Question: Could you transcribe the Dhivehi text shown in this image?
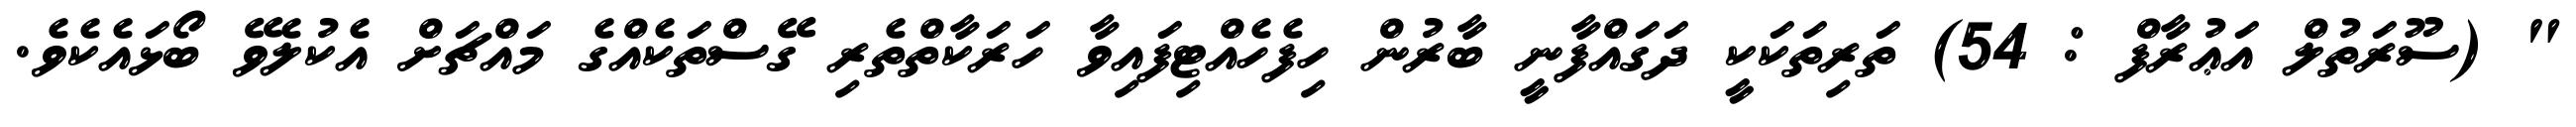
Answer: " (ސޫރަތުލް އަޢުރާފް : 54) ތަރިތަކަކީ ދަގައްފާނީ ބާރުން ހިފެހެއްޓިފައިވާ ހަރަކާތްތެރި ގޭސްތަކެއްގެ މައްޗަށް އެކުލެވޭ ބޯޅައެކެވެ.